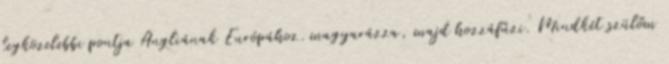
legközelebbi pontja Angliának Európához. magyarázza, majd hozzáfűzi. Mindkét szülőm